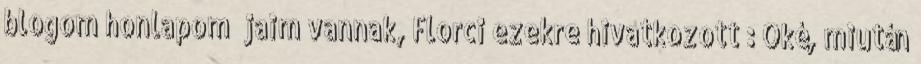
blogom honlapom jaim vannak, Florci ezekre hivatkozott : Oké, miután